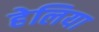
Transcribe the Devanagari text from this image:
हेलिया